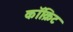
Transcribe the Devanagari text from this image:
कॉक्रिट